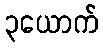
၃ယောက်